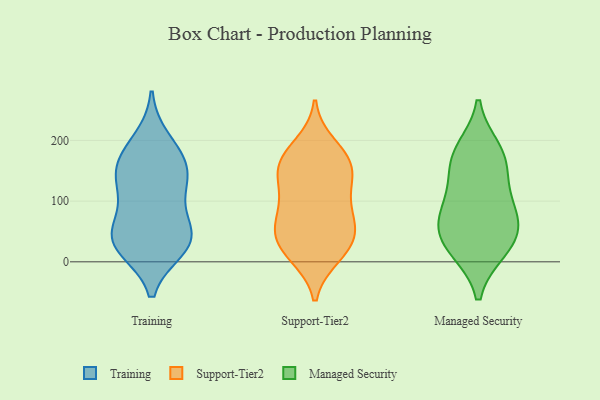
{"axis": {"x": "Page Views", "y": "Value"}, "legend": ["Managed Security", "Support-Tier2", "Training"], "data": [{"x": "", "y": 162, "type": "Training"}, {"x": "", "y": 36, "type": "Training"}, {"x": "", "y": 36, "type": "Training"}, {"x": "", "y": 105, "type": "Training"}, {"x": "", "y": 50, "type": "Training"}, {"x": "", "y": 26, "type": "Training"}, {"x": "", "y": 135, "type": "Training"}, {"x": "", "y": 50, "type": "Training"}, {"x": "", "y": 159, "type": "Training"}, {"x": "", "y": 200, "type": "Training"}, {"x": "", "y": 119, "type": "Training"}, {"x": "", "y": 23, "type": "Training"}, {"x": "", "y": 169, "type": "Training"}, {"x": "", "y": 19, "type": "Support-Tier2"}, {"x": "", "y": 144, "type": "Support-Tier2"}, {"x": "", "y": 72, "type": "Support-Tier2"}, {"x": "", "y": 152, "type": "Support-Tier2"}, {"x": "", "y": 173, "type": "Support-Tier2"}, {"x": "", "y": 100, "type": "Support-Tier2"}, {"x": "", "y": 10, "type": "Support-Tier2"}, {"x": "", "y": 62, "type": "Support-Tier2"}, {"x": "", "y": 128, "type": "Support-Tier2"}, {"x": "", "y": 46, "type": "Support-Tier2"}, {"x": "", "y": 161, "type": "Support-Tier2"}, {"x": "", "y": 101, "type": "Support-Tier2"}, {"x": "", "y": 15, "type": "Support-Tier2"}, {"x": "", "y": 192, "type": "Support-Tier2"}, {"x": "", "y": 167, "type": "Support-Tier2"}, {"x": "", "y": 54, "type": "Support-Tier2"}, {"x": "", "y": 40, "type": "Support-Tier2"}, {"x": "", "y": 184, "type": "Managed Security"}, {"x": "", "y": 20, "type": "Managed Security"}, {"x": "", "y": 21, "type": "Managed Security"}, {"x": "", "y": 170, "type": "Managed Security"}, {"x": "", "y": 92, "type": "Managed Security"}, {"x": "", "y": 164, "type": "Managed Security"}, {"x": "", "y": 117, "type": "Managed Security"}, {"x": "", "y": 69, "type": "Managed Security"}, {"x": "", "y": 60, "type": "Managed Security"}, {"x": "", "y": 47, "type": "Managed Security"}]}